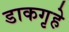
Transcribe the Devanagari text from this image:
डाकगृहे